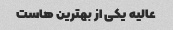
عالیه یکی از بهترین هاست